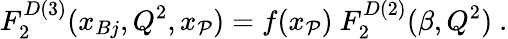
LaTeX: F_{2}^{D(3)}(x_{Bj},Q^{2},x_{\cal P})=f(x_{\cal P})\ F_{2}^{D(2)}(\beta,Q^{2})\ .